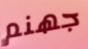
جهنم